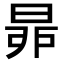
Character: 𣆻